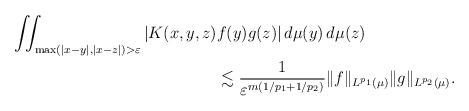
LaTeX: \begin{align*}\iint_{\max(|x-y|, |x-z|) > \varepsilon} |K(x,y,z)& f(y)g(z)|\,d\mu(y)\,d\mu(z) \\ &\lesssim \frac{1}{\varepsilon^{m(1/p_1+1/p_2)}} \|f\|_{L^{p_1}(\mu)} \|g\|_{L^{p_2}(\mu)}. \end{align*}